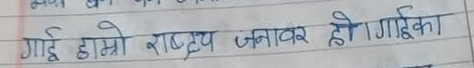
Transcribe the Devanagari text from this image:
गाई हाम्रो राष्ट्रिय जनावर हो। गाईका